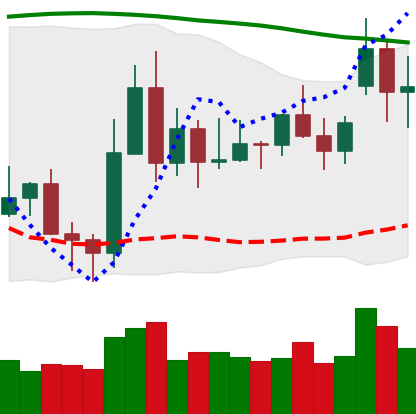
Ticker: XLM-USD
Chart end date: 2020-11-19
Forward return: 132.975%
Label: up_7plus